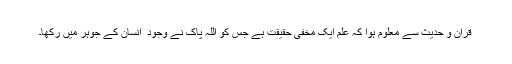
قرآن و حدیث سے معلوم ہوا کہ علم ایک مخفی حقیقت ہے جس کو اللہ پاک نے وجود ِ انسان کے جوہر میں رکھا۔